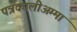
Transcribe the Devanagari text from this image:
पत्रकालीअम्मा